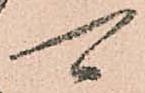
可